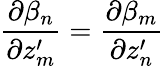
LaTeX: \frac{\partial\beta_{n}}{\partial z_{m}^{\prime}}=\frac{\partial\beta_{m}}{\partial z_{n}^{\prime}}